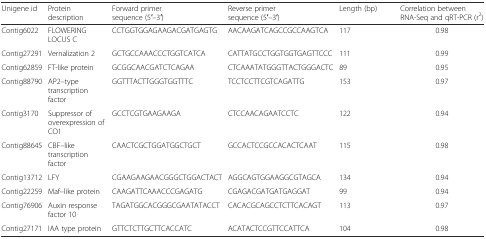
<table><thead><tr><td><b>Unigene id</b></td><td><b>Protein description</b></td><td><b>Forward primer sequence (5′–3′)</b></td><td><b>Reverse primer sequence (5′–3′)</b></td><td><b>Length (bp)</b></td><td><b>Correlation between RNA-Seq and qRT-PCR (r<sup>2</sup>)</b></td></tr></thead><tbody><tr><td>Contig6022</td><td>FLOWERING LOCUS C</td><td>CCTGGTGGAGAAGACGATGAGTG</td><td>AACAAGATCAGCCGCCAAGTCA</td><td>117</td><td>0.98</td></tr><tr><td>Contig27291</td><td>Vernalization 2</td><td>GCTGCCAAACCCTGGTCATCA</td><td>CATTATGCCTGGTGGTGAGTTCCC</td><td>111</td><td>0.99</td></tr><tr><td>Contig62859</td><td>FT-like protein</td><td>GCGGCAACGATCTCAGAA</td><td>CTCAAATATGGGTTACTGGGACTC</td><td>89</td><td>0.95</td></tr><tr><td>Contig88790</td><td>AP2–type transcription factor</td><td>GGTTTACTTGGGTGGTTTC</td><td>TCCTCCTTCGTCAGATTG</td><td>153</td><td>0.97</td></tr><tr><td>Contig3170</td><td>Suppressor of overexpression of CO1</td><td>GCCTCGTGAAGAAGA</td><td>CTCCAACAGAATCCTC</td><td>122</td><td>0.94</td></tr><tr><td>Contig88645</td><td>CBF–like transcription factor</td><td>CAACTCGCTGGATGGCTGCT</td><td>GCCACTCCGCCACACTCAAT</td><td>115</td><td>0.98</td></tr><tr><td>Contig13712</td><td>LFY</td><td>CGAAGAAGAACGGGCTGGACTACT</td><td>AGGCAGTGGAAGGCGTAGCA</td><td>134</td><td>0.94</td></tr><tr><td>Contig22259</td><td>Maf–like protein</td><td>CAAGATTCAAACCCGAGATG</td><td>CGAGACGATGATGAGGAT</td><td>99</td><td>0.94</td></tr><tr><td>Contig76906</td><td>Auxin response factor 10</td><td>TAGATGGCACGGGCGAATATACCT</td><td>CACACGCAGCCTCTTCACAGT</td><td>113</td><td>0.97</td></tr><tr><td>Contig27171</td><td>IAA type protein</td><td>GTTCTCTTGCTTCACCATC</td><td>ACATACTCCGTTCCATTCA</td><td>104</td><td>0.98</td></tr></tbody></table>